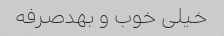
خیلی خوب و بهدصرفه